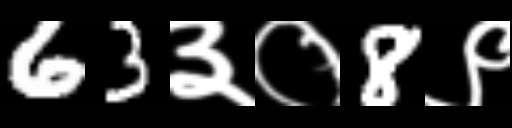
Text: 63३०8९